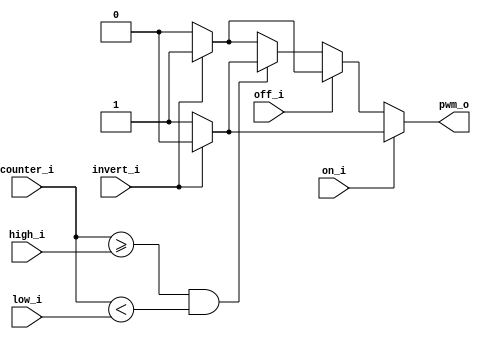
module single_pwm_driver 
  (
   input [11:0] counter_i,

   input        on_i,
   input        off_i,
   input [11:0] high_i,
   input [11:0] low_i,

   input        invert_i,
   
   output reg   pwm_o
   );

   always @(*) begin
      if (on_i) pwm_o = invert_i ? 1'b0 : 1'b1;
      else if (off_i) pwm_o = invert_i ? 1'b1 : 1'b0;
      else if (counter_i >= high_i && counter_i < low_i) pwm_o = invert_i ? 1'b0 : 1'b1;
      else pwm_o = invert_i ? 1'b1 : 1'b0;
   end

   
endmodule // single_pwm_driver

module pwm_driver
  (
   input [11:0] counter_i,

   input        invert_i,
   
   input        pwm_0_on_i,
   input        pwm_0_off_i,
   input [11:0] pwm_0_high_i,
   input [11:0] pwm_0_low_i,

   output       pwm_0_o,

   input        pwm_1_on_i,
   input        pwm_1_off_i,
   input [11:0] pwm_1_high_i,
   input [11:0] pwm_1_low_i,

   output       pwm_1_o,

   input        pwm_2_on_i,
   input        pwm_2_off_i,
   input [11:0] pwm_2_high_i,
   input [11:0] pwm_2_low_i,

   output       pwm_2_o,

   input        pwm_3_on_i,
   input        pwm_3_off_i,
   input [11:0] pwm_3_high_i,
   input [11:0] pwm_3_low_i,

   output       pwm_3_o,

   input        pwm_4_on_i,
   input        pwm_4_off_i,
   input [11:0] pwm_4_high_i,
   input [11:0] pwm_4_low_i,

   output       pwm_4_o,

   input        pwm_5_on_i,
   input        pwm_5_off_i,
   input [11:0] pwm_5_high_i,
   input [11:0] pwm_5_low_i,

   output       pwm_5_o,

   input        pwm_6_on_i,
   input        pwm_6_off_i,
   input [11:0] pwm_6_high_i,
   input [11:0] pwm_6_low_i,

   output       pwm_6_o,

   input        pwm_7_on_i,
   input        pwm_7_off_i,
   input [11:0] pwm_7_high_i,
   input [11:0] pwm_7_low_i,

   output       pwm_7_o,

   input        pwm_8_on_i,
   input        pwm_8_off_i,
   input [11:0] pwm_8_high_i,
   input [11:0] pwm_8_low_i,

   output       pwm_8_o,

   input        pwm_9_on_i,
   input        pwm_9_off_i,
   input [11:0] pwm_9_high_i,
   input [11:0] pwm_9_low_i,

   output       pwm_9_o,

   input        pwm_10_on_i,
   input        pwm_10_off_i,
   input [11:0] pwm_10_high_i,
   input [11:0] pwm_10_low_i,

   output       pwm_10_o,

   input        pwm_11_on_i,
   input        pwm_11_off_i,
   input [11:0] pwm_11_high_i,
   input [11:0] pwm_11_low_i,

   output       pwm_11_o,

   input        pwm_12_on_i,
   input        pwm_12_off_i,
   input [11:0] pwm_12_high_i,
   input [11:0] pwm_12_low_i,

   output       pwm_12_o,

   input        pwm_13_on_i,
   input        pwm_13_off_i,
   input [11:0] pwm_13_high_i,
   input [11:0] pwm_13_low_i,

   output       pwm_13_o,

   input        pwm_14_on_i,
   input        pwm_14_off_i,
   input [11:0] pwm_14_high_i,
   input [11:0] pwm_14_low_i,

   output       pwm_14_o,

   input        pwm_15_on_i,
   input        pwm_15_off_i,
   input [11:0] pwm_15_high_i,
   input [11:0] pwm_15_low_i,

   output       pwm_15_o   
   );

   single_pwm_driver led0 (
                           .counter_i(counter_i),
                           .invert_i(invert_i),
                           
                           .on_i(pwm_0_on_i),
                           .off_i(pwm_0_off_i),
                           .high_i(pwm_0_high_i),
                           .low_i(pwm_0_low_i),
                           .pwm_o(pwm_0_o)
                           );
   
   single_pwm_driver led1 (
                           .counter_i(counter_i),
                           .invert_i(invert_i),
                           
                           .on_i(pwm_1_on_i),
                           .off_i(pwm_1_off_i),
                           .high_i(pwm_1_high_i),
                           .low_i(pwm_1_low_i),
                           .pwm_o(pwm_1_o)
                           );
   
   single_pwm_driver led2 (
                           .counter_i(counter_i),
                           .invert_i(invert_i),
                           
                           .on_i(pwm_2_on_i),
                           .off_i(pwm_2_off_i),
                           .high_i(pwm_2_high_i),
                           .low_i(pwm_2_low_i),
                           .pwm_o(pwm_2_o)
                           );
   
   single_pwm_driver led3 (
                           .counter_i(counter_i),
                           .invert_i(invert_i),
                           
                           .on_i(pwm_3_on_i),
                           .off_i(pwm_3_off_i),
                           .high_i(pwm_3_high_i),
                           .low_i(pwm_3_low_i),
                           .pwm_o(pwm_3_o)
                           );
   
  
   single_pwm_driver led4 (
                           .counter_i(counter_i),
                           .invert_i(invert_i),
                           
                           .on_i(pwm_4_on_i),
                           .off_i(pwm_4_off_i),
                           .high_i(pwm_4_high_i),
                           .low_i(pwm_4_low_i),
                           .pwm_o(pwm_4_o)
                           );
   
   single_pwm_driver led5 (
                           .counter_i(counter_i),
                           .invert_i(invert_i),
                           
                           .on_i(pwm_5_on_i),
                           .off_i(pwm_5_off_i),
                           .high_i(pwm_5_high_i),
                           .low_i(pwm_5_low_i),
                           .pwm_o(pwm_5_o)
                           );
   
   single_pwm_driver led6 (
                           .counter_i(counter_i),
                           .invert_i(invert_i),
                           
                           .on_i(pwm_6_on_i),
                           .off_i(pwm_6_off_i),
                           .high_i(pwm_6_high_i),
                           .low_i(pwm_6_low_i),
                           .pwm_o(pwm_6_o)
                           );
   
   single_pwm_driver led7 (
                           .counter_i(counter_i),
                           .invert_i(invert_i),
                           
                           .on_i(pwm_7_on_i),
                           .off_i(pwm_7_off_i),
                           .high_i(pwm_7_high_i),
                           .low_i(pwm_7_low_i),
                           .pwm_o(pwm_7_o)
                           );
   
   single_pwm_driver led8 (
                           .counter_i(counter_i),
                           .invert_i(invert_i),
                           
                           .on_i(pwm_8_on_i),
                           .off_i(pwm_8_off_i),
                           .high_i(pwm_8_high_i),
                           .low_i(pwm_8_low_i),
                           .pwm_o(pwm_8_o)
                           );
   
   single_pwm_driver led9 (
                           .counter_i(counter_i),
                           .invert_i(invert_i),
                           
                           .on_i(pwm_9_on_i),
                           .off_i(pwm_9_off_i),
                           .high_i(pwm_9_high_i),
                           .low_i(pwm_9_low_i),
                           .pwm_o(pwm_9_o)
                           );
   
   single_pwm_driver led10 (
                           .counter_i(counter_i),
                           .invert_i(invert_i),
                           
                           .on_i(pwm_10_on_i),
                           .off_i(pwm_10_off_i),
                           .high_i(pwm_10_high_i),
                           .low_i(pwm_10_low_i),
                           .pwm_o(pwm_10_o)
                           );
   
   single_pwm_driver led11 (
                           .counter_i(counter_i),
                           .invert_i(invert_i),
                           
                           .on_i(pwm_11_on_i),
                           .off_i(pwm_11_off_i),
                           .high_i(pwm_11_high_i),
                           .low_i(pwm_11_low_i),
                           .pwm_o(pwm_11_o)
                           );
   
   single_pwm_driver led12 (
                           .counter_i(counter_i),
                           .invert_i(invert_i),
                           
                           .on_i(pwm_12_on_i),
                           .off_i(pwm_12_off_i),
                           .high_i(pwm_12_high_i),
                           .low_i(pwm_12_low_i),
                           .pwm_o(pwm_12_o)
                           );
   
   single_pwm_driver led13 (
                           .counter_i(counter_i),
                           .invert_i(invert_i),
                           
                           .on_i(pwm_13_on_i),
                           .off_i(pwm_13_off_i),
                           .high_i(pwm_13_high_i),
                           .low_i(pwm_13_low_i),
                           .pwm_o(pwm_13_o)
                           );
   
   single_pwm_driver led14 (
                           .counter_i(counter_i),
                           .invert_i(invert_i),
                           
                           .on_i(pwm_14_on_i),
                           .off_i(pwm_14_off_i),
                           .high_i(pwm_14_high_i),
                           .low_i(pwm_14_low_i),
                           .pwm_o(pwm_14_o)
                           );
   
   single_pwm_driver led15 (
                           .counter_i(counter_i),
                           .invert_i(invert_i),
                           
                           .on_i(pwm_15_on_i),
                           .off_i(pwm_15_off_i),
                           .high_i(pwm_15_high_i),
                           .low_i(pwm_15_low_i),
                           .pwm_o(pwm_15_o)
                           );

endmodule // pwm_driver